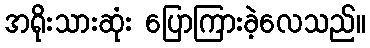
အရိုးသားဆုံး ပြောကြားခဲ့လေသည်။